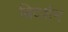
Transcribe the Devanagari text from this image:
बिदर्शन